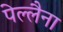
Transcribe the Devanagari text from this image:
पेल्लैना